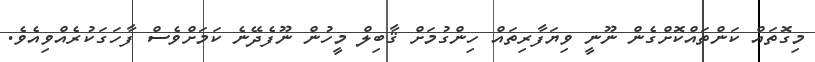
މިގޮަތައް ކަންތައްކޮށްގެން ނޫނީ ވިޔަފާރިތައް ހިންގުމަށް ޤާބިލް މީހުން ނޫފެދޭނެ ކަމަށްވެސް ފާހަގަކުރެއްވިއެވެ.